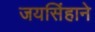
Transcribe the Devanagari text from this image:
जयसिंहाने